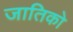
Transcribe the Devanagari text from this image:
जातिको